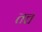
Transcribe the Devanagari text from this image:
तत्त